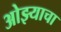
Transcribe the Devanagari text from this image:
ओझ्याचा